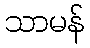
သာမန်